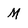
Character: M